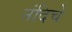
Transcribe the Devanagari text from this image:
नंदिचे